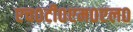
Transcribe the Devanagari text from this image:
एच०टी०एम०एल०